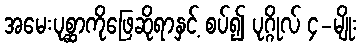
အမေးပုစ္ဆာကိုဖြေဆိုရာနှင့် စပ်၍ ပုဂ္ဂိုလ် ၄-မျိုး